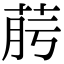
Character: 𦯟